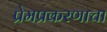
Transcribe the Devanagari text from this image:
प्रेमप्रकरणाचा